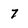
Character: 7